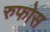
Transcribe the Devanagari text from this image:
रुफोस